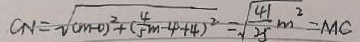
C N = \sqrt { ( m - 0 ) ^ { 2 } + ( \frac { 4 } { 5 } m - 4 + 4 ) ^ { 2 } } = \sqrt { \frac { 4 1 } { 2 5 } m ^ { 2 } } = M C